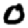
Digit: 0